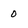
Character: 0